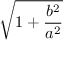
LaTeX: \sqrt { 1 + { \frac { b ^ { 2 } } { a ^ { 2 } } } }